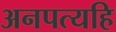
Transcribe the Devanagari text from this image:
अनपत्यहि